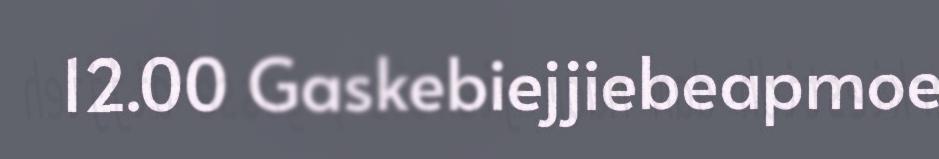
12.00 Gaskebiejjiebeapmoe